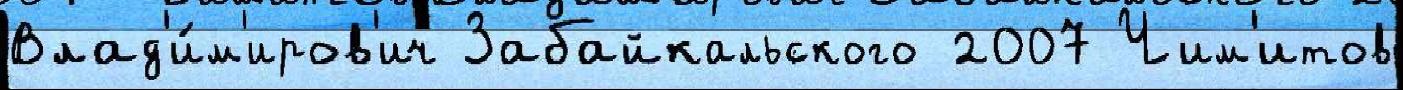
Влад'и́м'иров'ич Забайкальского 2007 Чим'итов